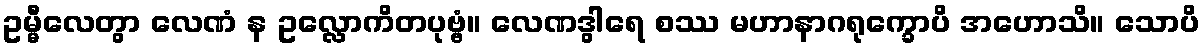
ဥမ္မီလေတွာ လေဏံ န ဥလ္လောကိတပုဗ္ဗံ။ လေဏဒွါရေ စဿ မဟာနာဂရုက္ခောပိ အဟောသိ။ သောပိ